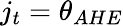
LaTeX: j_{t}=\theta_{AHE}